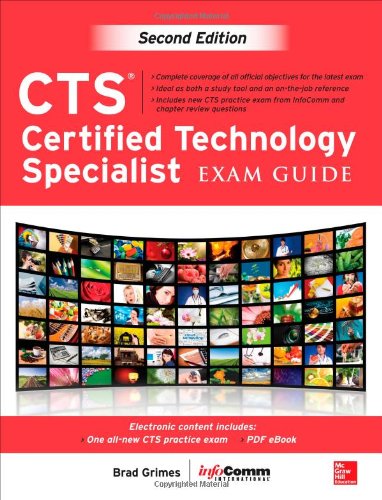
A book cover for CTS Certified Technology Specialist Exam Guide, Second Edition; Brad Grimes; Engineering & Transportation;